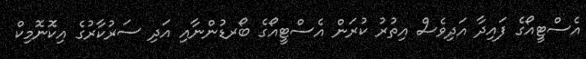
އެސްޓީއޯގެ ފައިދާ އަދިވެސް އިތުރު ކުރަން އެސްޓީއޯގެ ބޯރޑުންނާއި އަދި ސަރުކާރުގެ އިކޮނޮމިކް